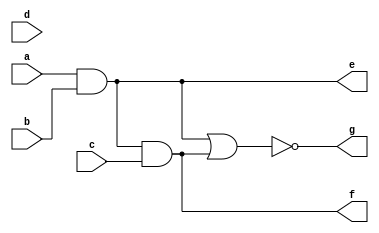
`timescale 1ns / 1ps
 
 
module inpu_4_AOI (
    /* Input the var */
    input a, b, c, d,
    /* Output the var */
    output e, f, g
);
 
/* AOI */
assign e = a & b;
assign f = e & c;
assign g = ~(e | f);
 
endmodule